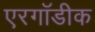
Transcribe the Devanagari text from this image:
एरगॉडीक